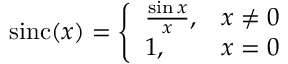
\operatorname { s i n c } ( x ) = { \left\{ \begin{array} { l l } { { \frac { \sin x } { x } } , } & { x \neq 0 } \\ { 1 , } & { x = 0 } \end{array} \right. }